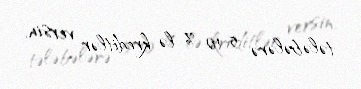
tələbələrə 5-10 %-lə kreditlər versin.